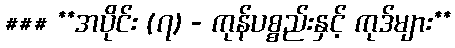
### **အပိုင်း (၇) - ကုန်ပစ္စည်းနှင့် ကုဒ်များ**